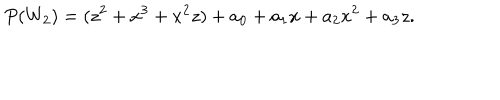
P ( W _ { 2 } ) = ( z ^ { 2 } + x ^ { 3 } + x ^ { 2 } z ) + a _ { 0 } + a _ { 1 } x + a _ { 2 } x ^ { 2 } + a _ { 3 } z .